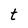
Character: t